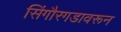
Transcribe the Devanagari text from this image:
सिंगौरगडावरून